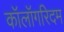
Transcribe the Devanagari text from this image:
कॉलॉगरिदम